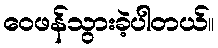
ဝေဖန်သွားခဲ့ပါတယ်။